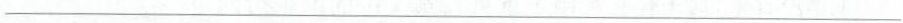
___